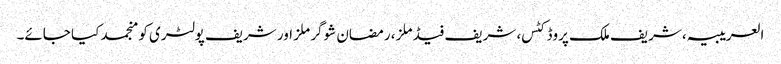
العریبیہ، شریف ملک پروڈکٹس، شریف فیڈ ملز، رمضان شوگر ملز اور شریف پولٹری کو منجمد کیا جائے۔